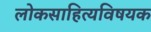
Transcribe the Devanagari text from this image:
लोकसाहित्यविषयक